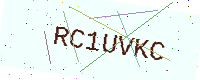
Text: RC1UVKC